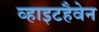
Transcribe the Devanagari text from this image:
व्हाइटहैवेन